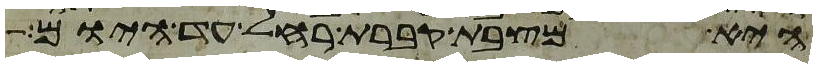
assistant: היא מצבת קברת רחל עד היום